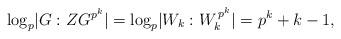
LaTeX: \begin{align*}\log_p \lvert G : Z G^{p^k} \rvert = \log_p \lvert W_k : W_k^{\, p^k}\rvert = p^k+k-1,\end{align*}